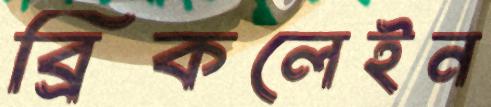
ব্রিকলেইন